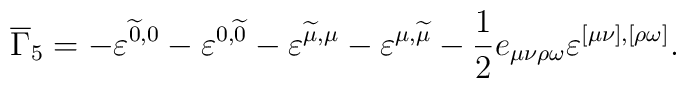
\overline{\Gamma }_5=-\varepsilon ^{\widetilde{0},0}-\varepsilon^{0,\widetilde{0}}-\varepsilon ^{\widetilde{\mu },\mu}-\varepsilon ^{{\mu },\widetilde{\mu}}-\frac 12 e_{\mu \nu \rho\omega }\varepsilon ^{[\mu \nu],[\rho \omega ]} .